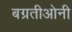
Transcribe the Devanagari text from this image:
बग्रतीओनी